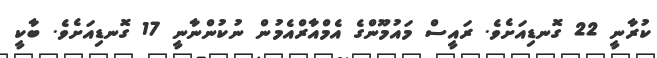
ކުރާނީ 22 ގޮނޑިއަށެވެ. ރައީސް މައުމޫންގެ އެމްއާރްއެމުން ނުކުންނާނީ 17 ގޮނޑިއަށެވެ. ބާކީ